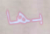
بها